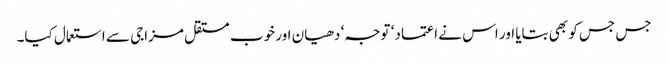
جس جس کو بھی بتایا اور اس نے اعتماد ‘ توجہ‘ دھیان اور خوب مستقل مزاجی سے استعمال کیا۔